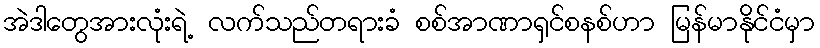
အဲဒါတွေအားလုံးရဲ့ လက်သည်တရားခံ စစ်အာဏာရှင်စနစ်ဟာ မြန်မာနိုင်ငံမှာ